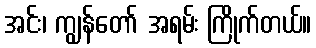
အင်း၊ ကျွန်တော် အရမ်း ကြိုက်တယ်။